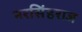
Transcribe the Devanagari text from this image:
नरसिंहराज